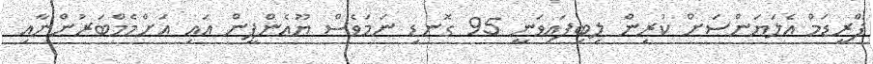
ފްރީޑަމް އެލަޔަންސަށް ކުރިން ލިބިފައިވަނީ 95 ގޮނޑި ނަމަވެސް ޔޫޢެންޕީން އައި އަށްމެމްބަރުންނާއި